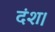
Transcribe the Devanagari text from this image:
दंश।